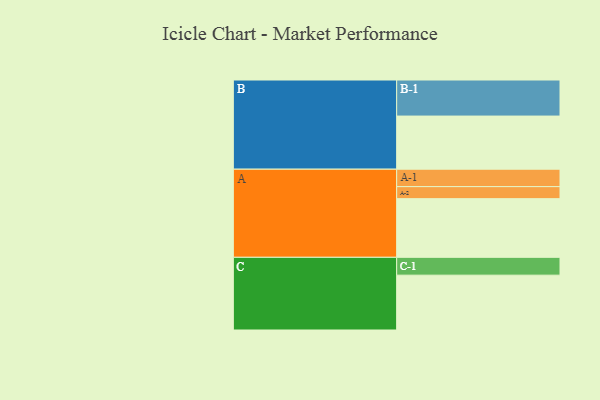
{"axis": {"x": "Segment", "y": "Value"}, "legend": ["", "A", "B", "C"], "data": [{"x": "A", "y": 444, "type": ""}, {"x": "B", "y": 402, "type": ""}, {"x": "C", "y": 415, "type": ""}, {"x": "A-1", "y": 132, "type": "A"}, {"x": "A-2", "y": 91, "type": "A"}, {"x": "B-1", "y": 273, "type": "B"}, {"x": "C-1", "y": 135, "type": "C"}]}